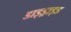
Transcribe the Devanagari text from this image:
डाइड्राइड